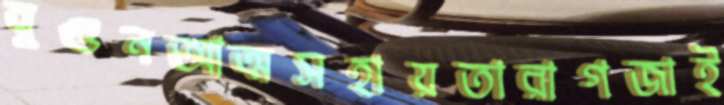
বুগুনআত্মসহায়তারাগজাই